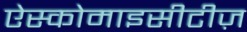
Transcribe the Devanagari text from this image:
ऐस्कोमाइसीटीज़